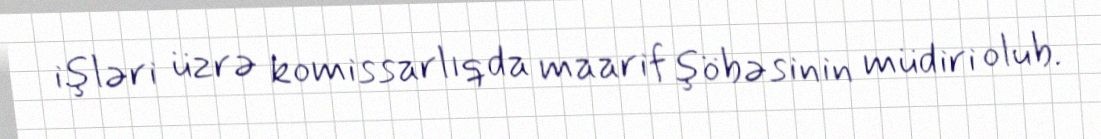
işləri üzrə komissarlıqda maarif şöbəsinin müdiri olub.